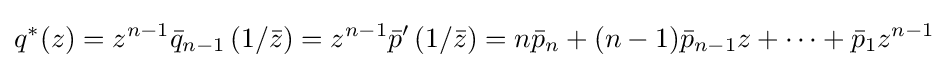
q^{*}(z)=z^{n-1}{\bar {q}}_{n-1}\left(1/{\bar {z}}\right)=z^{n-1}{\bar {p}}'\left(1/{\bar {z}}\right)=n{\bar {p}}_{n}+(n-1){\bar {p}}_{n-1}z+\cdots +{\bar {p}}_{1}z^{n-1}